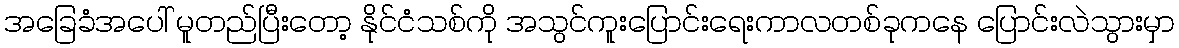
အခြေခံအပေါ် မူတည်ပြီးတော့ နိုင်ငံသစ်ကို အသွင်ကူးပြောင်းရေးကာလတစ်ခုကနေ ပြောင်းလဲသွားမှာ